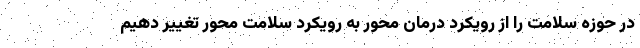
در حوزه سلامت را از رویکرد درمان محور به رویکرد سلامت محور تغییر دهیم